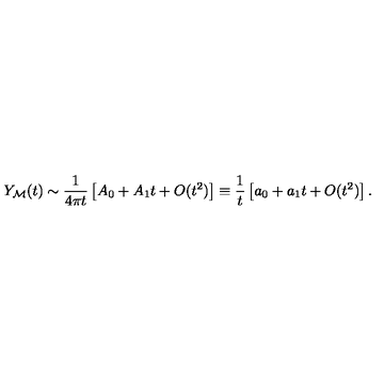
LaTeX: Y _ { \cal M } ( t ) \sim { \frac { 1 } { 4 \pi t } } \left[ A _ { 0 } + A _ { 1 } t + O ( t ^ { 2 } ) \right] \equiv { \frac { 1 } { t } } \left[ a _ { 0 } + a _ { 1 } t + O ( t ^ { 2 } ) \right] .